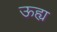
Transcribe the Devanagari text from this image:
ऊह्य